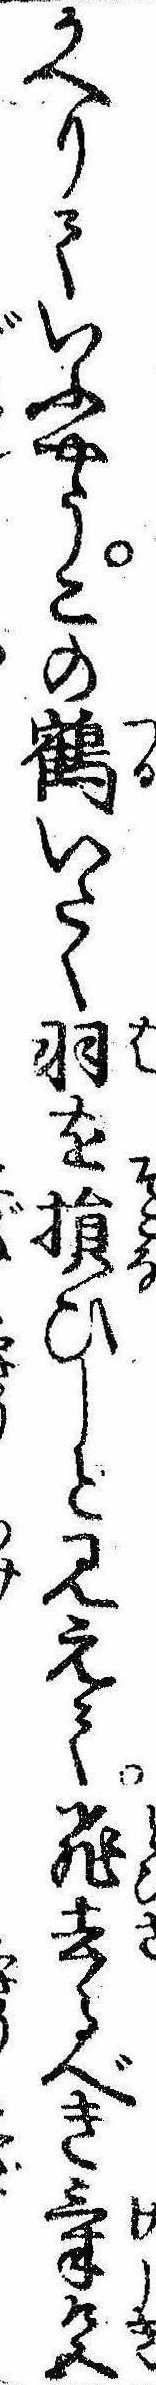
かへりていふやうこの鶴いたく羽を損ひしと見えて飛去るべき気色